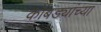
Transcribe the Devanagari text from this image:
कोंबड्यांच्या